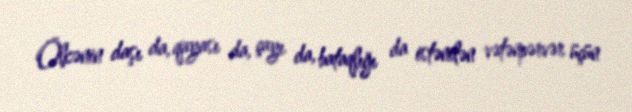
Ölkənin daşı da, qayası da, çayı da, bataqlığı da istənilən vətənpərvər üçün